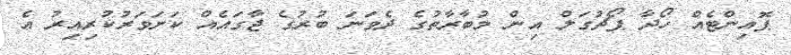
ޕޮއިންޓެއް ހޯދާ ޕޯޗުގަލް އިން މުބާރާތުގެ ދެވަނަ ބުރުގެ ޖާގައެއް ކަށަވަރުކުރިއިރު އެ